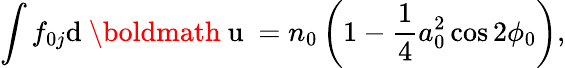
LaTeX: \int f_{0j}\mathrm{d}\mathrm{~\boldmath~u~}=n_{0}\left(1-\frac{1}{4}a_{0}^{2}\cos 2\phi_{0}\right),